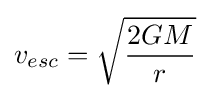
v_{esc}={\sqrt {\frac {2GM}{r}}}